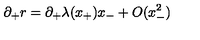
\partial _ { + } r = \partial _ { + } \lambda ( x _ { + } ) x _ { - } + O ( x _ { - } ^ { 2 } )